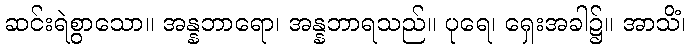
ဆင်းရဲစွာသော။ အန္နဘာရော၊ အန္နဘာရသည်။ ပုရေ၊ ရှေးအခါ၌။ အာသိံ၊